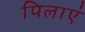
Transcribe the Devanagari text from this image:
पिलाएं